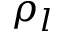
\rho _ { l }